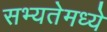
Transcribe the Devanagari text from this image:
सभ्यतेमध्ये